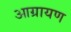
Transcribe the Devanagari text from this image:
आग्रायण